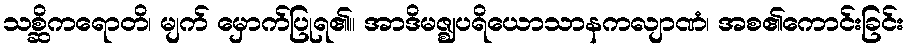
သစ္ဆိကရောတိ၊ မျက် မှောက်ပြုရ၏။ အာဒိမဇ္ဈပရိယောသာနကလျာဏံ၊ အစ၏ကောင်းခြင်း